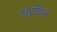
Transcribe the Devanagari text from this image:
सइकिल